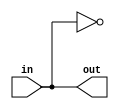
module path1(out, in);
input in;
output out;

(* keep = 1 *) wire w0, w1, w2, w3, w4, w5, w6, w7, w8, w9, w10,
w11, w12, w13, w14, w15, w16, w17, w18, w19, w20,
w21, w22, w23, w24, w25, w26, w27, w28, w29, w30,
w31, w32, w33, w34, w35, w36, w37, w38, w39, w40,
w41, w42, w43, w44, w45, w46, w47, w48, w49, w50,
w51, w52, w53, w54, w55, w56, w57, w58, w59, w60,
w61, w62, w63, w64, w65, w66, w67, w68, w69, w70,
w71, w72, w73, w74, w75, w76, w77, w78, w79, w80,
w81, w82, w83, w84, w85, w86, w87, w88, w89, w90,
w91, w92, w93, w94, w95, w96, w97, w98, w99, w100,
w101, w102, w103, w104, w105, w106, w107, w108, w109, w110,
w111, w112, w113, w114, w115, w116, w117, w118, w119, w120,
w121, w122, w123, w124, w125, w126, w127, w128, w129, w130,
w131, w132, w133, w134, w135, w136, w137, w138, w139, w140,
w141, w142, w143, w144, w145, w146, w147, w148, w149, w150,
w151, w152, w153, w154, w155, w156, w157, w158, w159, w160,
w161, w162, w163, w164, w165, w166, w167, w168, w169, w170,
w171, w172, w173, w174, w175, w176, w177, w178, w179, w180,
w181, w182, w183, w184, w185, w186, w187, w188, w189, w190,
w191, w192, w193, w194, w195, w196, w197, w198, w199, w200,
w201, w202, w203, w204, w205, w206, w207, w208, w209, w210,
w211, w212, w213, w214, w215, w216, w217, w218, w219, w220,
w221, w222, w223, w224, w225, w226, w227, w228, w229, w230,
w231, w232, w233, w234, w235, w236, w237, w238, w239, w240,
w241, w242, w243, w244, w245, w246, w247, w248, w249, w250,
w251, w252, w253, w254, w255, w256, w257, w258, w259, w260,
w261, w262, w263, w264, w265, w266, w267, w268, w269, w270,
w271, w272, w273, w274, w275, w276, w277, w278, w279, w280,
w281, w282, w283, w284, w285, w286, w287, w288, w289, w290,
w291, w292, w293, w294, w295, w296, w297, w298, w299, w300,
w301, w302, w303, w304, w305, w306, w307, w308, w309, w310,
w311, w312, w313, w314, w315, w316, w317, w318, w319, w320,
w321, w322, w323, w324, w325, w326, w327, w328, w329, w330,
w331, w332, w333, w334, w335, w336, w337, w338, w339, w340,
w341, w342, w343, w344, w345, w346, w347, w348, w349, w350,
w351, w352, w353, w354, w355, w356, w357, w358, w359, w360,
w361, w362, w363, w364, w365, w366, w367, w368, w369, w370,
w371, w372, w373, w374, w375, w376, w377, w378, w379, w380,
w381, w382, w383, w384, w385, w386, w387, w388, w389, w390,
w391, w392, w393, w394, w395, w396, w397, w398, w399, w400,
w401, w402, w403, w404, w405, w406, w407, w408, w409, w410,
w411, w412, w413, w414, w415, w416, w417, w418, w419, w420,
w421, w422, w423, w424, w425, w426, w427, w428, w429, w430,
w431, w432, w433, w434, w435, w436, w437, w438, w439, w440,
w441, w442, w443, w444, w445, w446, w447, w448, w449, w450,
w451, w452, w453, w454, w455, w456, w457, w458, w459, w460,
w461, w462, w463, w464, w465, w466, w467, w468, w469, w470,
w471, w472, w473, w474, w475, w476, w477, w478, w479, w480,
w481, w482, w483, w484, w485, w486, w487, w488, w489, w490,
w491, w492, w493, w494, w495, w496, w497, w498, w499, w500,
w501, w502, w503, w504, w505, w506, w507, w508, w509, w510,
w511, w512, w513, w514, w515, w516, w517, w518, w519, w520,
w521, w522, w523, w524, w525, w526, w527, w528, w529, w530,
w531, w532, w533, w534, w535, w536, w537, w538, w539, w540,
w541, w542, w543, w544, w545, w546, w547, w548, w549, w550,
w551, w552, w553, w554, w555, w556, w557, w558, w559, w560,
w561, w562, w563, w564, w565, w566, w567, w568, w569, w570,
w571, w572, w573, w574, w575, w576, w577, w578, w579, w580,
w581, w582, w583, w584, w585, w586, w587, w588, w589, w590,
w591, w592, w593, w594, w595, w596, w597, w598, w599, w600,
w601, w602, w603, w604, w605, w606, w607, w608, w609, w610,
w611, w612, w613, w614, w615, w616, w617, w618, w619, w620,
w621, w622, w623, w624, w625, w626, w627, w628, w629, w630,
w631, w632, w633, w634, w635, w636, w637, w638, w639, w640,
w641, w642, w643, w644, w645, w646, w647, w648, w649, w650,
w651, w652, w653, w654, w655, w656, w657, w658, w659, w660,
w661, w662, w663, w664, w665, w666, w667, w668, w669, w670,
w671, w672, w673, w674, w675, w676, w677, w678, w679, w680,
w681, w682, w683, w684, w685, w686, w687, w688, w689, w690,
w691, w692, w693, w694, w695, w696, w697, w698, w699, w700,
w701, w702, w703, w704, w705, w706, w707, w708, w709, w710,
w711, w712, w713, w714, w715, w716, w717, w718, w719, w720,
w721, w722, w723, w724, w725, w726, w727, w728, w729, w730,
w731, w732, w733, w734, w735, w736, w737, w738, w739, w740,
w741, w742, w743, w744, w745, w746, w747, w748, w749, w750,
w751, w752, w753, w754, w755, w756, w757, w758, w759, w760,
w761, w762, w763, w764, w765, w766, w767, w768, w769, w770,
w771, w772, w773, w774, w775, w776, w777, w778, w779, w780,
w781, w782, w783, w784, w785, w786, w787, w788, w789, w790,
w791, w792, w793, w794, w795, w796, w797, w798, w799, w800,
w801, w802, w803, w804, w805, w806, w807, w808, w809, w810,
w811, w812, w813, w814, w815, w816, w817, w818, w819, w820,
w821, w822, w823, w824, w825, w826, w827, w828, w829, w830,
w831, w832, w833, w834, w835, w836, w837, w838, w839, w840,
w841, w842, w843, w844, w845, w846, w847, w848, w849, w850,
w851, w852, w853, w854, w855, w856, w857, w858, w859, w860,
w861, w862, w863, w864, w865, w866, w867, w868, w869, w870,
w871, w872, w873, w874, w875, w876, w877, w878, w879, w880,
w881, w882, w883, w884, w885, w886, w887, w888, w889, w890,
w891, w892, w893, w894, w895, w896, w897, w898, w899, w900,
w901, w902, w903, w904, w905, w906, w907, w908, w909, w910,
w911, w912, w913, w914, w915, w916, w917, w918, w919, w920,
w921, w922, w923, w924, w925, w926, w927, w928, w929, w930,
w931, w932, w933, w934, w935, w936, w937, w938, w939, w940,
w941, w942, w943, w944, w945, w946, w947, w948, w949, w950,
w951, w952, w953, w954, w955, w956, w957, w958, w959, w960,
w961, w962, w963, w964, w965, w966, w967, w968, w969, w970,
w971, w972, w973, w974, w975, w976, w977, w978, w979, w980,
w981, w982, w983, w984, w985, w986, w987, w988, w989, w990,
w991, w992, w993, w994, w995, w996, w997, w998;

not n0(w0, in);
not n1(w1, w0);
not n2(w2, w1);
not n3(w3, w2);
not n4(w4, w3);
not n5(w5, w4);
not n6(w6, w5);
not n7(w7, w6);
not n8(w8, w7);
not n9(w9, w8);
not n10(w10, w9);
not n11(w11, w10);
not n12(w12, w11);
not n13(w13, w12);
not n14(w14, w13);
not n15(w15, w14);
not n16(w16, w15);
not n17(w17, w16);
not n18(w18, w17);
not n19(w19, w18);
not n20(w20, w19);
not n21(w21, w20);
not n22(w22, w21);
not n23(w23, w22);
not n24(w24, w23);
not n25(w25, w24);
not n26(w26, w25);
not n27(w27, w26);
not n28(w28, w27);
not n29(w29, w28);
not n30(w30, w29);
not n31(w31, w30);
not n32(w32, w31);
not n33(w33, w32);
not n34(w34, w33);
not n35(w35, w34);
not n36(w36, w35);
not n37(w37, w36);
not n38(w38, w37);
not n39(w39, w38);
not n40(w40, w39);
not n41(w41, w40);
not n42(w42, w41);
not n43(w43, w42);
not n44(w44, w43);
not n45(w45, w44);
not n46(w46, w45);
not n47(w47, w46);
not n48(w48, w47);
not n49(w49, w48);
not n50(w50, w49);
not n51(w51, w50);
not n52(w52, w51);
not n53(w53, w52);
not n54(w54, w53);
not n55(w55, w54);
not n56(w56, w55);
not n57(w57, w56);
not n58(w58, w57);
not n59(w59, w58);
not n60(w60, w59);
not n61(w61, w60);
not n62(w62, w61);
not n63(w63, w62);
not n64(w64, w63);
not n65(w65, w64);
not n66(w66, w65);
not n67(w67, w66);
not n68(w68, w67);
not n69(w69, w68);
not n70(w70, w69);
not n71(w71, w70);
not n72(w72, w71);
not n73(w73, w72);
not n74(w74, w73);
not n75(w75, w74);
not n76(w76, w75);
not n77(w77, w76);
not n78(w78, w77);
not n79(w79, w78);
not n80(w80, w79);
not n81(w81, w80);
not n82(w82, w81);
not n83(w83, w82);
not n84(w84, w83);
not n85(w85, w84);
not n86(w86, w85);
not n87(w87, w86);
not n88(w88, w87);
not n89(w89, w88);
not n90(w90, w89);
not n91(w91, w90);
not n92(w92, w91);
not n93(w93, w92);
not n94(w94, w93);
not n95(w95, w94);
not n96(w96, w95);
not n97(w97, w96);
not n98(w98, w97);
not n99(w99, w98);
not n100(w100, w99);
not n101(w101, w100);
not n102(w102, w101);
not n103(w103, w102);
not n104(w104, w103);
not n105(w105, w104);
not n106(w106, w105);
not n107(w107, w106);
not n108(w108, w107);
not n109(w109, w108);
not n110(w110, w109);
not n111(w111, w110);
not n112(w112, w111);
not n113(w113, w112);
not n114(w114, w113);
not n115(w115, w114);
not n116(w116, w115);
not n117(w117, w116);
not n118(w118, w117);
not n119(w119, w118);
not n120(w120, w119);
not n121(w121, w120);
not n122(w122, w121);
not n123(w123, w122);
not n124(w124, w123);
not n125(w125, w124);
not n126(w126, w125);
not n127(w127, w126);
not n128(w128, w127);
not n129(w129, w128);
not n130(w130, w129);
not n131(w131, w130);
not n132(w132, w131);
not n133(w133, w132);
not n134(w134, w133);
not n135(w135, w134);
not n136(w136, w135);
not n137(w137, w136);
not n138(w138, w137);
not n139(w139, w138);
not n140(w140, w139);
not n141(w141, w140);
not n142(w142, w141);
not n143(w143, w142);
not n144(w144, w143);
not n145(w145, w144);
not n146(w146, w145);
not n147(w147, w146);
not n148(w148, w147);
not n149(w149, w148);
not n150(w150, w149);
not n151(w151, w150);
not n152(w152, w151);
not n153(w153, w152);
not n154(w154, w153);
not n155(w155, w154);
not n156(w156, w155);
not n157(w157, w156);
not n158(w158, w157);
not n159(w159, w158);
not n160(w160, w159);
not n161(w161, w160);
not n162(w162, w161);
not n163(w163, w162);
not n164(w164, w163);
not n165(w165, w164);
not n166(w166, w165);
not n167(w167, w166);
not n168(w168, w167);
not n169(w169, w168);
not n170(w170, w169);
not n171(w171, w170);
not n172(w172, w171);
not n173(w173, w172);
not n174(w174, w173);
not n175(w175, w174);
not n176(w176, w175);
not n177(w177, w176);
not n178(w178, w177);
not n179(w179, w178);
not n180(w180, w179);
not n181(w181, w180);
not n182(w182, w181);
not n183(w183, w182);
not n184(w184, w183);
not n185(w185, w184);
not n186(w186, w185);
not n187(w187, w186);
not n188(w188, w187);
not n189(w189, w188);
not n190(w190, w189);
not n191(w191, w190);
not n192(w192, w191);
not n193(w193, w192);
not n194(w194, w193);
not n195(w195, w194);
not n196(w196, w195);
not n197(w197, w196);
not n198(w198, w197);
not n199(w199, w198);
not n200(w200, w199);
not n201(w201, w200);
not n202(w202, w201);
not n203(w203, w202);
not n204(w204, w203);
not n205(w205, w204);
not n206(w206, w205);
not n207(w207, w206);
not n208(w208, w207);
not n209(w209, w208);
not n210(w210, w209);
not n211(w211, w210);
not n212(w212, w211);
not n213(w213, w212);
not n214(w214, w213);
not n215(w215, w214);
not n216(w216, w215);
not n217(w217, w216);
not n218(w218, w217);
not n219(w219, w218);
not n220(w220, w219);
not n221(w221, w220);
not n222(w222, w221);
not n223(w223, w222);
not n224(w224, w223);
not n225(w225, w224);
not n226(w226, w225);
not n227(w227, w226);
not n228(w228, w227);
not n229(w229, w228);
not n230(w230, w229);
not n231(w231, w230);
not n232(w232, w231);
not n233(w233, w232);
not n234(w234, w233);
not n235(w235, w234);
not n236(w236, w235);
not n237(w237, w236);
not n238(w238, w237);
not n239(w239, w238);
not n240(w240, w239);
not n241(w241, w240);
not n242(w242, w241);
not n243(w243, w242);
not n244(w244, w243);
not n245(w245, w244);
not n246(w246, w245);
not n247(w247, w246);
not n248(w248, w247);
not n249(w249, w248);
not n250(w250, w249);
not n251(w251, w250);
not n252(w252, w251);
not n253(w253, w252);
not n254(w254, w253);
not n255(w255, w254);
not n256(w256, w255);
not n257(w257, w256);
not n258(w258, w257);
not n259(w259, w258);
not n260(w260, w259);
not n261(w261, w260);
not n262(w262, w261);
not n263(w263, w262);
not n264(w264, w263);
not n265(w265, w264);
not n266(w266, w265);
not n267(w267, w266);
not n268(w268, w267);
not n269(w269, w268);
not n270(w270, w269);
not n271(w271, w270);
not n272(w272, w271);
not n273(w273, w272);
not n274(w274, w273);
not n275(w275, w274);
not n276(w276, w275);
not n277(w277, w276);
not n278(w278, w277);
not n279(w279, w278);
not n280(w280, w279);
not n281(w281, w280);
not n282(w282, w281);
not n283(w283, w282);
not n284(w284, w283);
not n285(w285, w284);
not n286(w286, w285);
not n287(w287, w286);
not n288(w288, w287);
not n289(w289, w288);
not n290(w290, w289);
not n291(w291, w290);
not n292(w292, w291);
not n293(w293, w292);
not n294(w294, w293);
not n295(w295, w294);
not n296(w296, w295);
not n297(w297, w296);
not n298(w298, w297);
not n299(w299, w298);
not n300(w300, w299);
not n301(w301, w300);
not n302(w302, w301);
not n303(w303, w302);
not n304(w304, w303);
not n305(w305, w304);
not n306(w306, w305);
not n307(w307, w306);
not n308(w308, w307);
not n309(w309, w308);
not n310(w310, w309);
not n311(w311, w310);
not n312(w312, w311);
not n313(w313, w312);
not n314(w314, w313);
not n315(w315, w314);
not n316(w316, w315);
not n317(w317, w316);
not n318(w318, w317);
not n319(w319, w318);
not n320(w320, w319);
not n321(w321, w320);
not n322(w322, w321);
not n323(w323, w322);
not n324(w324, w323);
not n325(w325, w324);
not n326(w326, w325);
not n327(w327, w326);
not n328(w328, w327);
not n329(w329, w328);
not n330(w330, w329);
not n331(w331, w330);
not n332(w332, w331);
not n333(w333, w332);
not n334(w334, w333);
not n335(w335, w334);
not n336(w336, w335);
not n337(w337, w336);
not n338(w338, w337);
not n339(w339, w338);
not n340(w340, w339);
not n341(w341, w340);
not n342(w342, w341);
not n343(w343, w342);
not n344(w344, w343);
not n345(w345, w344);
not n346(w346, w345);
not n347(w347, w346);
not n348(w348, w347);
not n349(w349, w348);
not n350(w350, w349);
not n351(w351, w350);
not n352(w352, w351);
not n353(w353, w352);
not n354(w354, w353);
not n355(w355, w354);
not n356(w356, w355);
not n357(w357, w356);
not n358(w358, w357);
not n359(w359, w358);
not n360(w360, w359);
not n361(w361, w360);
not n362(w362, w361);
not n363(w363, w362);
not n364(w364, w363);
not n365(w365, w364);
not n366(w366, w365);
not n367(w367, w366);
not n368(w368, w367);
not n369(w369, w368);
not n370(w370, w369);
not n371(w371, w370);
not n372(w372, w371);
not n373(w373, w372);
not n374(w374, w373);
not n375(w375, w374);
not n376(w376, w375);
not n377(w377, w376);
not n378(w378, w377);
not n379(w379, w378);
not n380(w380, w379);
not n381(w381, w380);
not n382(w382, w381);
not n383(w383, w382);
not n384(w384, w383);
not n385(w385, w384);
not n386(w386, w385);
not n387(w387, w386);
not n388(w388, w387);
not n389(w389, w388);
not n390(w390, w389);
not n391(w391, w390);
not n392(w392, w391);
not n393(w393, w392);
not n394(w394, w393);
not n395(w395, w394);
not n396(w396, w395);
not n397(w397, w396);
not n398(w398, w397);
not n399(w399, w398);
not n400(w400, w399);
not n401(w401, w400);
not n402(w402, w401);
not n403(w403, w402);
not n404(w404, w403);
not n405(w405, w404);
not n406(w406, w405);
not n407(w407, w406);
not n408(w408, w407);
not n409(w409, w408);
not n410(w410, w409);
not n411(w411, w410);
not n412(w412, w411);
not n413(w413, w412);
not n414(w414, w413);
not n415(w415, w414);
not n416(w416, w415);
not n417(w417, w416);
not n418(w418, w417);
not n419(w419, w418);
not n420(w420, w419);
not n421(w421, w420);
not n422(w422, w421);
not n423(w423, w422);
not n424(w424, w423);
not n425(w425, w424);
not n426(w426, w425);
not n427(w427, w426);
not n428(w428, w427);
not n429(w429, w428);
not n430(w430, w429);
not n431(w431, w430);
not n432(w432, w431);
not n433(w433, w432);
not n434(w434, w433);
not n435(w435, w434);
not n436(w436, w435);
not n437(w437, w436);
not n438(w438, w437);
not n439(w439, w438);
not n440(w440, w439);
not n441(w441, w440);
not n442(w442, w441);
not n443(w443, w442);
not n444(w444, w443);
not n445(w445, w444);
not n446(w446, w445);
not n447(w447, w446);
not n448(w448, w447);
not n449(w449, w448);
not n450(w450, w449);
not n451(w451, w450);
not n452(w452, w451);
not n453(w453, w452);
not n454(w454, w453);
not n455(w455, w454);
not n456(w456, w455);
not n457(w457, w456);
not n458(w458, w457);
not n459(w459, w458);
not n460(w460, w459);
not n461(w461, w460);
not n462(w462, w461);
not n463(w463, w462);
not n464(w464, w463);
not n465(w465, w464);
not n466(w466, w465);
not n467(w467, w466);
not n468(w468, w467);
not n469(w469, w468);
not n470(w470, w469);
not n471(w471, w470);
not n472(w472, w471);
not n473(w473, w472);
not n474(w474, w473);
not n475(w475, w474);
not n476(w476, w475);
not n477(w477, w476);
not n478(w478, w477);
not n479(w479, w478);
not n480(w480, w479);
not n481(w481, w480);
not n482(w482, w481);
not n483(w483, w482);
not n484(w484, w483);
not n485(w485, w484);
not n486(w486, w485);
not n487(w487, w486);
not n488(w488, w487);
not n489(w489, w488);
not n490(w490, w489);
not n491(w491, w490);
not n492(w492, w491);
not n493(w493, w492);
not n494(w494, w493);
not n495(w495, w494);
not n496(w496, w495);
not n497(w497, w496);
not n498(w498, w497);
not n499(w499, w498);
not n500(w500, w499);
not n501(w501, w500);
not n502(w502, w501);
not n503(w503, w502);
not n504(w504, w503);
not n505(w505, w504);
not n506(w506, w505);
not n507(w507, w506);
not n508(w508, w507);
not n509(w509, w508);
not n510(w510, w509);
not n511(w511, w510);
not n512(w512, w511);
not n513(w513, w512);
not n514(w514, w513);
not n515(w515, w514);
not n516(w516, w515);
not n517(w517, w516);
not n518(w518, w517);
not n519(w519, w518);
not n520(w520, w519);
not n521(w521, w520);
not n522(w522, w521);
not n523(w523, w522);
not n524(w524, w523);
not n525(w525, w524);
not n526(w526, w525);
not n527(w527, w526);
not n528(w528, w527);
not n529(w529, w528);
not n530(w530, w529);
not n531(w531, w530);
not n532(w532, w531);
not n533(w533, w532);
not n534(w534, w533);
not n535(w535, w534);
not n536(w536, w535);
not n537(w537, w536);
not n538(w538, w537);
not n539(w539, w538);
not n540(w540, w539);
not n541(w541, w540);
not n542(w542, w541);
not n543(w543, w542);
not n544(w544, w543);
not n545(w545, w544);
not n546(w546, w545);
not n547(w547, w546);
not n548(w548, w547);
not n549(w549, w548);
not n550(w550, w549);
not n551(w551, w550);
not n552(w552, w551);
not n553(w553, w552);
not n554(w554, w553);
not n555(w555, w554);
not n556(w556, w555);
not n557(w557, w556);
not n558(w558, w557);
not n559(w559, w558);
not n560(w560, w559);
not n561(w561, w560);
not n562(w562, w561);
not n563(w563, w562);
not n564(w564, w563);
not n565(w565, w564);
not n566(w566, w565);
not n567(w567, w566);
not n568(w568, w567);
not n569(w569, w568);
not n570(w570, w569);
not n571(w571, w570);
not n572(w572, w571);
not n573(w573, w572);
not n574(w574, w573);
not n575(w575, w574);
not n576(w576, w575);
not n577(w577, w576);
not n578(w578, w577);
not n579(w579, w578);
not n580(w580, w579);
not n581(w581, w580);
not n582(w582, w581);
not n583(w583, w582);
not n584(w584, w583);
not n585(w585, w584);
not n586(w586, w585);
not n587(w587, w586);
not n588(w588, w587);
not n589(w589, w588);
not n590(w590, w589);
not n591(w591, w590);
not n592(w592, w591);
not n593(w593, w592);
not n594(w594, w593);
not n595(w595, w594);
not n596(w596, w595);
not n597(w597, w596);
not n598(w598, w597);
not n599(w599, w598);
not n600(w600, w599);
not n601(w601, w600);
not n602(w602, w601);
not n603(w603, w602);
not n604(w604, w603);
not n605(w605, w604);
not n606(w606, w605);
not n607(w607, w606);
not n608(w608, w607);
not n609(w609, w608);
not n610(w610, w609);
not n611(w611, w610);
not n612(w612, w611);
not n613(w613, w612);
not n614(w614, w613);
not n615(w615, w614);
not n616(w616, w615);
not n617(w617, w616);
not n618(w618, w617);
not n619(w619, w618);
not n620(w620, w619);
not n621(w621, w620);
not n622(w622, w621);
not n623(w623, w622);
not n624(w624, w623);
not n625(w625, w624);
not n626(w626, w625);
not n627(w627, w626);
not n628(w628, w627);
not n629(w629, w628);
not n630(w630, w629);
not n631(w631, w630);
not n632(w632, w631);
not n633(w633, w632);
not n634(w634, w633);
not n635(w635, w634);
not n636(w636, w635);
not n637(w637, w636);
not n638(w638, w637);
not n639(w639, w638);
not n640(w640, w639);
not n641(w641, w640);
not n642(w642, w641);
not n643(w643, w642);
not n644(w644, w643);
not n645(w645, w644);
not n646(w646, w645);
not n647(w647, w646);
not n648(w648, w647);
not n649(w649, w648);
not n650(w650, w649);
not n651(w651, w650);
not n652(w652, w651);
not n653(w653, w652);
not n654(w654, w653);
not n655(w655, w654);
not n656(w656, w655);
not n657(w657, w656);
not n658(w658, w657);
not n659(w659, w658);
not n660(w660, w659);
not n661(w661, w660);
not n662(w662, w661);
not n663(w663, w662);
not n664(w664, w663);
not n665(w665, w664);
not n666(w666, w665);
not n667(w667, w666);
not n668(w668, w667);
not n669(w669, w668);
not n670(w670, w669);
not n671(w671, w670);
not n672(w672, w671);
not n673(w673, w672);
not n674(w674, w673);
not n675(w675, w674);
not n676(w676, w675);
not n677(w677, w676);
not n678(w678, w677);
not n679(w679, w678);
not n680(w680, w679);
not n681(w681, w680);
not n682(w682, w681);
not n683(w683, w682);
not n684(w684, w683);
not n685(w685, w684);
not n686(w686, w685);
not n687(w687, w686);
not n688(w688, w687);
not n689(w689, w688);
not n690(w690, w689);
not n691(w691, w690);
not n692(w692, w691);
not n693(w693, w692);
not n694(w694, w693);
not n695(w695, w694);
not n696(w696, w695);
not n697(w697, w696);
not n698(w698, w697);
not n699(w699, w698);
not n700(w700, w699);
not n701(w701, w700);
not n702(w702, w701);
not n703(w703, w702);
not n704(w704, w703);
not n705(w705, w704);
not n706(w706, w705);
not n707(w707, w706);
not n708(w708, w707);
not n709(w709, w708);
not n710(w710, w709);
not n711(w711, w710);
not n712(w712, w711);
not n713(w713, w712);
not n714(w714, w713);
not n715(w715, w714);
not n716(w716, w715);
not n717(w717, w716);
not n718(w718, w717);
not n719(w719, w718);
not n720(w720, w719);
not n721(w721, w720);
not n722(w722, w721);
not n723(w723, w722);
not n724(w724, w723);
not n725(w725, w724);
not n726(w726, w725);
not n727(w727, w726);
not n728(w728, w727);
not n729(w729, w728);
not n730(w730, w729);
not n731(w731, w730);
not n732(w732, w731);
not n733(w733, w732);
not n734(w734, w733);
not n735(w735, w734);
not n736(w736, w735);
not n737(w737, w736);
not n738(w738, w737);
not n739(w739, w738);
not n740(w740, w739);
not n741(w741, w740);
not n742(w742, w741);
not n743(w743, w742);
not n744(w744, w743);
not n745(w745, w744);
not n746(w746, w745);
not n747(w747, w746);
not n748(w748, w747);
not n749(w749, w748);
not n750(w750, w749);
not n751(w751, w750);
not n752(w752, w751);
not n753(w753, w752);
not n754(w754, w753);
not n755(w755, w754);
not n756(w756, w755);
not n757(w757, w756);
not n758(w758, w757);
not n759(w759, w758);
not n760(w760, w759);
not n761(w761, w760);
not n762(w762, w761);
not n763(w763, w762);
not n764(w764, w763);
not n765(w765, w764);
not n766(w766, w765);
not n767(w767, w766);
not n768(w768, w767);
not n769(w769, w768);
not n770(w770, w769);
not n771(w771, w770);
not n772(w772, w771);
not n773(w773, w772);
not n774(w774, w773);
not n775(w775, w774);
not n776(w776, w775);
not n777(w777, w776);
not n778(w778, w777);
not n779(w779, w778);
not n780(w780, w779);
not n781(w781, w780);
not n782(w782, w781);
not n783(w783, w782);
not n784(w784, w783);
not n785(w785, w784);
not n786(w786, w785);
not n787(w787, w786);
not n788(w788, w787);
not n789(w789, w788);
not n790(w790, w789);
not n791(w791, w790);
not n792(w792, w791);
not n793(w793, w792);
not n794(w794, w793);
not n795(w795, w794);
not n796(w796, w795);
not n797(w797, w796);
not n798(w798, w797);
not n799(w799, w798);
not n800(w800, w799);
not n801(w801, w800);
not n802(w802, w801);
not n803(w803, w802);
not n804(w804, w803);
not n805(w805, w804);
not n806(w806, w805);
not n807(w807, w806);
not n808(w808, w807);
not n809(w809, w808);
not n810(w810, w809);
not n811(w811, w810);
not n812(w812, w811);
not n813(w813, w812);
not n814(w814, w813);
not n815(w815, w814);
not n816(w816, w815);
not n817(w817, w816);
not n818(w818, w817);
not n819(w819, w818);
not n820(w820, w819);
not n821(w821, w820);
not n822(w822, w821);
not n823(w823, w822);
not n824(w824, w823);
not n825(w825, w824);
not n826(w826, w825);
not n827(w827, w826);
not n828(w828, w827);
not n829(w829, w828);
not n830(w830, w829);
not n831(w831, w830);
not n832(w832, w831);
not n833(w833, w832);
not n834(w834, w833);
not n835(w835, w834);
not n836(w836, w835);
not n837(w837, w836);
not n838(w838, w837);
not n839(w839, w838);
not n840(w840, w839);
not n841(w841, w840);
not n842(w842, w841);
not n843(w843, w842);
not n844(w844, w843);
not n845(w845, w844);
not n846(w846, w845);
not n847(w847, w846);
not n848(w848, w847);
not n849(w849, w848);
not n850(w850, w849);
not n851(w851, w850);
not n852(w852, w851);
not n853(w853, w852);
not n854(w854, w853);
not n855(w855, w854);
not n856(w856, w855);
not n857(w857, w856);
not n858(w858, w857);
not n859(w859, w858);
not n860(w860, w859);
not n861(w861, w860);
not n862(w862, w861);
not n863(w863, w862);
not n864(w864, w863);
not n865(w865, w864);
not n866(w866, w865);
not n867(w867, w866);
not n868(w868, w867);
not n869(w869, w868);
not n870(w870, w869);
not n871(w871, w870);
not n872(w872, w871);
not n873(w873, w872);
not n874(w874, w873);
not n875(w875, w874);
not n876(w876, w875);
not n877(w877, w876);
not n878(w878, w877);
not n879(w879, w878);
not n880(w880, w879);
not n881(w881, w880);
not n882(w882, w881);
not n883(w883, w882);
not n884(w884, w883);
not n885(w885, w884);
not n886(w886, w885);
not n887(w887, w886);
not n888(w888, w887);
not n889(w889, w888);
not n890(w890, w889);
not n891(w891, w890);
not n892(w892, w891);
not n893(w893, w892);
not n894(w894, w893);
not n895(w895, w894);
not n896(w896, w895);
not n897(w897, w896);
not n898(w898, w897);
not n899(w899, w898);
not n900(w900, w899);
not n901(w901, w900);
not n902(w902, w901);
not n903(w903, w902);
not n904(w904, w903);
not n905(w905, w904);
not n906(w906, w905);
not n907(w907, w906);
not n908(w908, w907);
not n909(w909, w908);
not n910(w910, w909);
not n911(w911, w910);
not n912(w912, w911);
not n913(w913, w912);
not n914(w914, w913);
not n915(w915, w914);
not n916(w916, w915);
not n917(w917, w916);
not n918(w918, w917);
not n919(w919, w918);
not n920(w920, w919);
not n921(w921, w920);
not n922(w922, w921);
not n923(w923, w922);
not n924(w924, w923);
not n925(w925, w924);
not n926(w926, w925);
not n927(w927, w926);
not n928(w928, w927);
not n929(w929, w928);
not n930(w930, w929);
not n931(w931, w930);
not n932(w932, w931);
not n933(w933, w932);
not n934(w934, w933);
not n935(w935, w934);
not n936(w936, w935);
not n937(w937, w936);
not n938(w938, w937);
not n939(w939, w938);
not n940(w940, w939);
not n941(w941, w940);
not n942(w942, w941);
not n943(w943, w942);
not n944(w944, w943);
not n945(w945, w944);
not n946(w946, w945);
not n947(w947, w946);
not n948(w948, w947);
not n949(w949, w948);
not n950(w950, w949);
not n951(w951, w950);
not n952(w952, w951);
not n953(w953, w952);
not n954(w954, w953);
not n955(w955, w954);
not n956(w956, w955);
not n957(w957, w956);
not n958(w958, w957);
not n959(w959, w958);
not n960(w960, w959);
not n961(w961, w960);
not n962(w962, w961);
not n963(w963, w962);
not n964(w964, w963);
not n965(w965, w964);
not n966(w966, w965);
not n967(w967, w966);
not n968(w968, w967);
not n969(w969, w968);
not n970(w970, w969);
not n971(w971, w970);
not n972(w972, w971);
not n973(w973, w972);
not n974(w974, w973);
not n975(w975, w974);
not n976(w976, w975);
not n977(w977, w976);
not n978(w978, w977);
not n979(w979, w978);
not n980(w980, w979);
not n981(w981, w980);
not n982(w982, w981);
not n983(w983, w982);
not n984(w984, w983);
not n985(w985, w984);
not n986(w986, w985);
not n987(w987, w986);
not n988(w988, w987);
not n989(w989, w988);
not n990(w990, w989);
not n991(w991, w990);
not n992(w992, w991);
not n993(w993, w992);
not n994(w994, w993);
not n995(w995, w994);
not n996(w996, w995);
not n997(w997, w996);
not n998(w998, w997);
not n999(out, w998);
endmodule